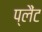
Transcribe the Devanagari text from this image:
प्लैंट